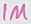
Text: 1M